General report no. 6 on the lunatic asylums, vaccination and dispensaries in the Bengal Presidency, 1873 -
Year: 1873
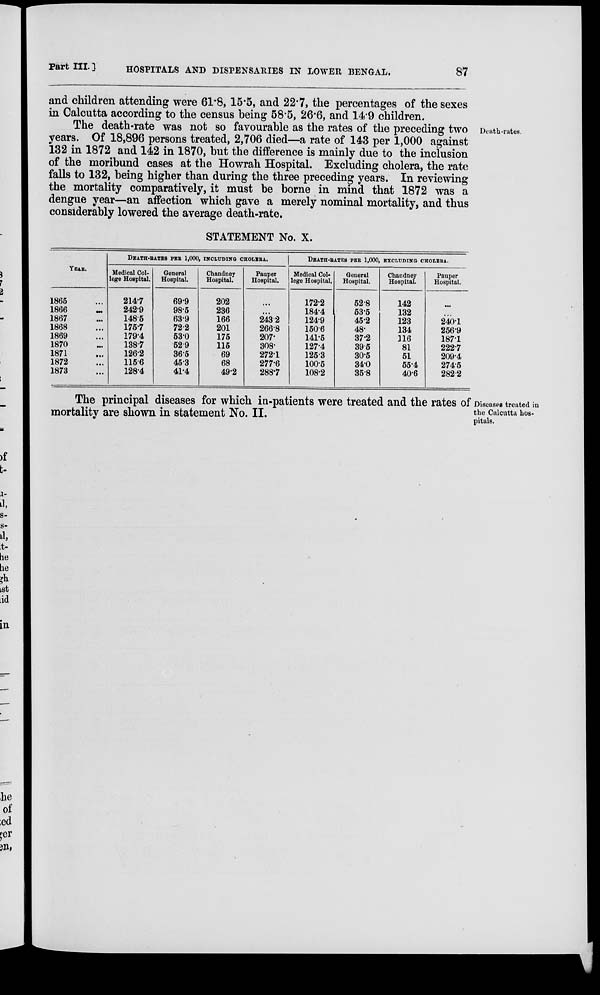
Part III. ]
HOSPITALS AND DISPENSARIES IN LOWER BENGAL.
87
and children attending were 61.8, 15.5, and 22.7, the percentages of the sexes
in Calcutta according to the census being 58.5, 26.6, and 14.9 children.
Death-rates.
The death-rate was not so favourable as the rates of the preceding two
years. Of 18,896 persons treated, 2,706 died—a rate of 143 per 1,000 against
132 in 1872 and 142 in 1870, but the difference is mainly due to the inclusion
of the moribund cases at the Howrah Hospital. Excluding cholera, the rate
falls to 132, being higher than during the three preceding years. In reviewing
the mortality comparatively, it must be borne in mind that 1872 was a
dengue year—an affection which gave a merely nominal mortality, and thus
considerably lowered the average death-rate.
STATEMENT No. X.
YEAR.
1865 ...
1866 ...
1867 ...
1868 ...
1869 ...
1870 ...
1871 ...
1872 ...
1873 ...
DEATH-RATES PER 1,000, INCLUDENG CHOLERA.
Medical Col¬
lege Hospital.
214.7
242.9
148.5
175.7
179.4
138.7
126.2
115.6
128.4
General
Hospital.
69.9
98.5
63.9
72.2
53.0
52.9
36.5
45.3
41.4
Chandney
Hospital.
202
236
166
201
175
115
69
68
49.2
Pauper
Hospital.
...
...
243.2
266.8
207.
308.
272.1
277.6
288.7
DEATH-RATES PER 1,000, EXCLUDING CHOLERA.
Medical Col-
lege Hospital.
172.2
184.4
124.9
150.6
141.5
127.4
125.3
100.5
108.2
General
Hospital.
52.8
53.5
45.2
48.
37.2
39.5
30.5
34.0
35.8
Chandney
Hospital.
142
132
123
134
116
81
51
55.4
40.6
Pauper
Hospital.
...
...
240.1
256.9
187.1
222.7
209.4
274.5
282.2
Diseases treated in
the Calcutta hos-
pitals.
The principal diseases for which in-patients were treated and the rates of
mortality are shown in statement No. II.